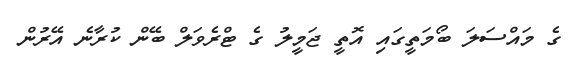
ގެ މައްސަލަ ބޯމަތީގައި އޮތީ ޖަމީލު ގެ ޓްރެވަލް ބޭން ކުރާނެ އޭރުން